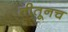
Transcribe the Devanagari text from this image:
तीतूनच